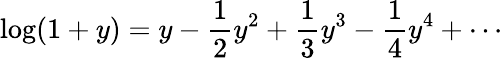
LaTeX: \log(1+y)=y-{\frac{1}{2}}y^{2}+{\frac{1}{3}}y^{3}-{\frac{1}{4}}y^{4}+\cdots